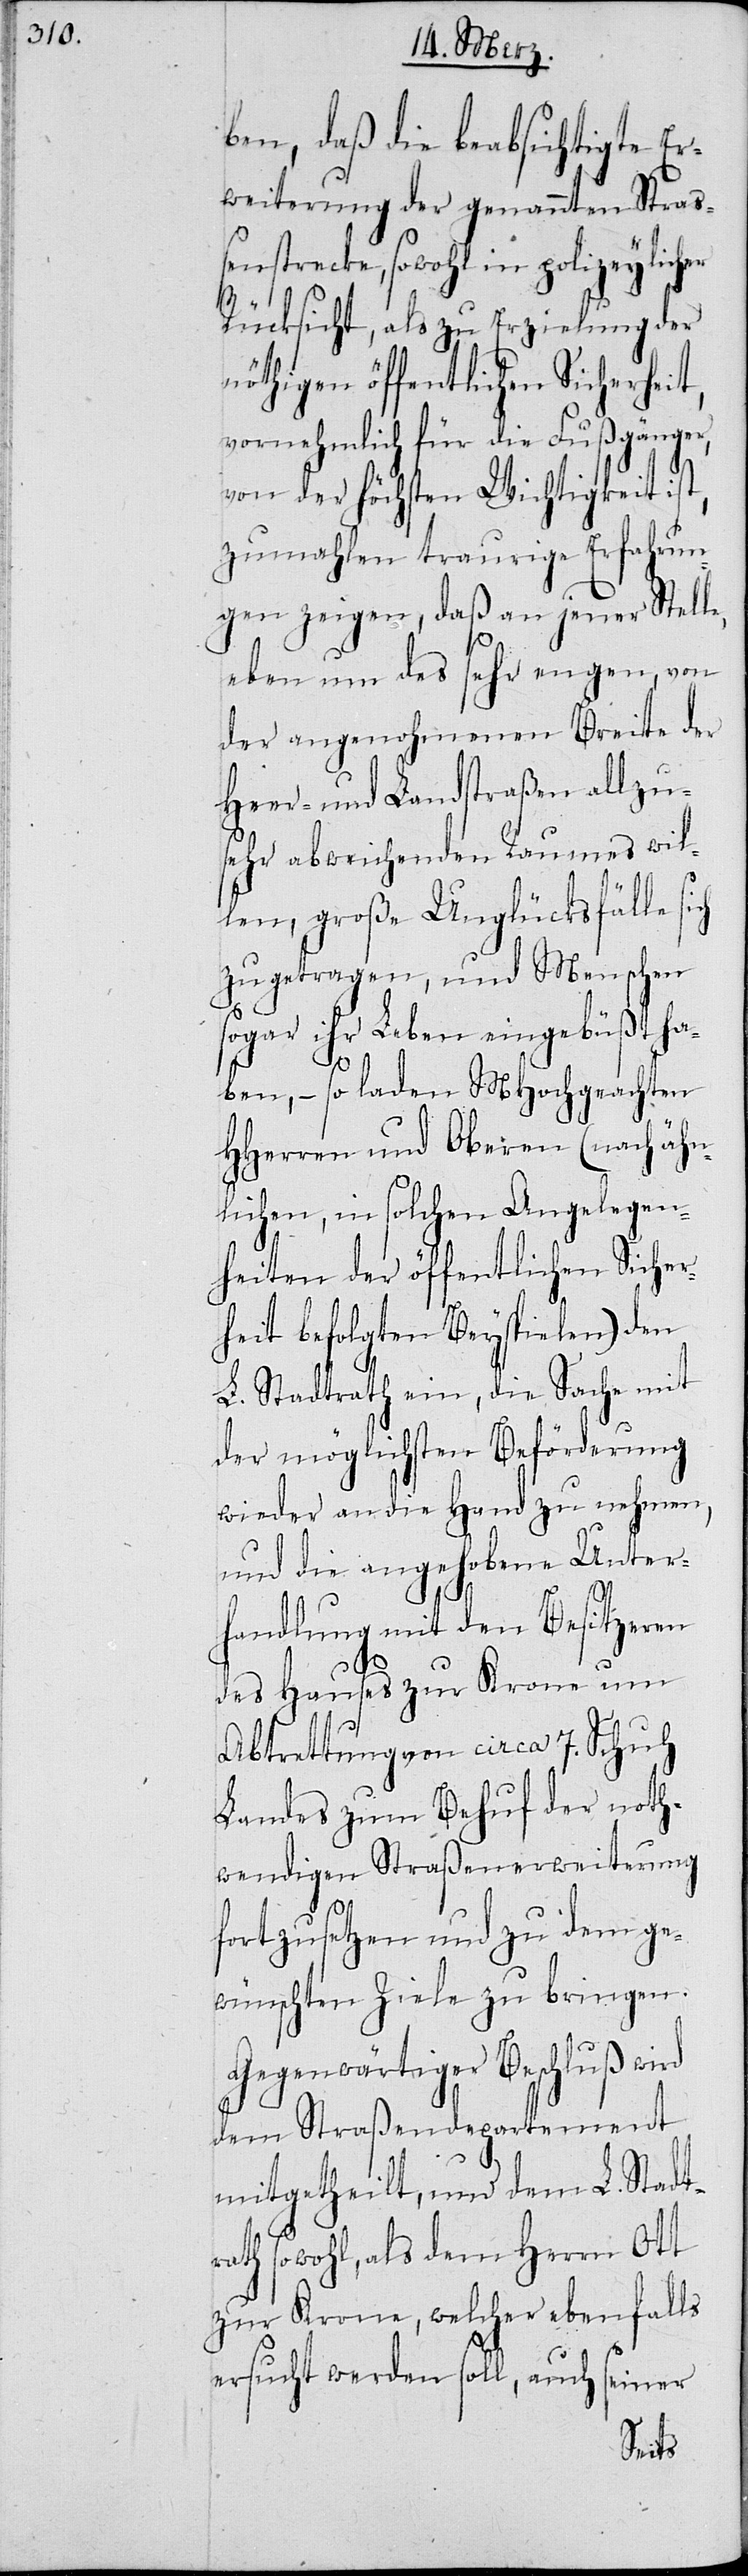
ben, daß die beabsichtigte Er¬
weiterung der genannten Straß¬
enstrecke, sowohl in polizeylicher
Rücksicht, als zu Erzielung der
nöthigen öffentlichen Sicherheit,
vornehmlich für die Fußgänger,
von der höchsten Wichtigkeit is¬
zumahlen traurige Erfahrun¬
gen zeigen, daß an jener Stell¬
eben um des sehr engen, von
der angenohmenen Breite der
Heer- und Landstraßen allzu¬
sehr abweichenden Raumes wil¬
len, große Unglücksfälle
zugetragen, und Menschen
sogar ihr Leben eingebüßt ha¬
ben, – so laden MHochgeachten
HHerren und Oberen (nach ähn¬
lichen, in solchen Angelegen¬
heiten der öffentlichen Sicher¬
heit befolgten Beyspielen) den
L. Stadtrath ein, die Sache mit
der möglichsten Beförderung
wieder an die Hand zu nehmen,
und die angehobene Unter¬
e,
handlung mit den Besitzeren
des Hauses zur Krone um
Abtrettung von circa 7. Schuh
Landes zum Behuf der noth¬
wendigen Straßenerweiterung
fortzusetzen und zu dem ge¬
wünschten Ziele zu bringen.
Gegenwärtiger Beschluß wird
dem Straßendepartement
mitgetheilt, und dem L. Stadt¬
rath sowohl, als dem Herrn Ott
zur Krone, welcher ebenfalls
ersucht werden soll, auch seiner